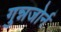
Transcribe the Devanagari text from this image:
गुन्नजोर्न